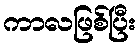
ကာလဖြစ်ပြီး